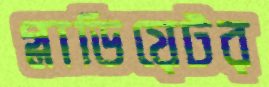
গ্লাডিয়েটর